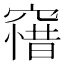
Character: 𥧶